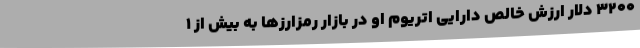
3200 دلار ارزش خالص دارایی اتریوم او در بازار رمزارزها به بیش از 1